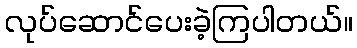
လုပ်ဆောင်ပေးခဲ့ကြပါတယ်။